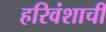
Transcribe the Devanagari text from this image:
हरिवंशाची